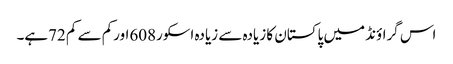
اس گراؤنڈ میں پاکستان کا زیادہ سے زیادہ اسکور608اورکم سے کم 72ہے۔